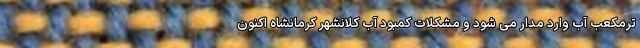
ترمکعب آب وارد مدار می شود و مشکلات کمبود آب کلانشهر کرمانشاه اکنون